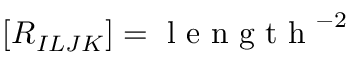
[ R _ { I L J K } ] = \mathrm { ~ l ~ e ~ n ~ g ~ t ~ h ~ } ^ { - 2 }